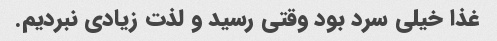
غذا خیلی سرد بود وقتی رسید و لذت زیادی نبردیم.